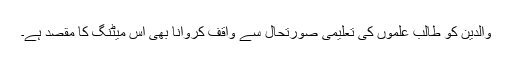
والدین کو طالب علموں کی تعلیمی صورتحال سے واقف کروانا بھی اس میٹنگ کا مقصد ہے۔